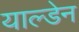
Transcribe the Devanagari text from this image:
याल्डेन